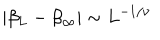
\left| \beta _ { L } - \beta _ { \infty } \right| \sim L ^ { - 1 / \nu }